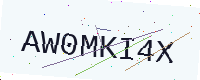
Text: AW0MKI4X